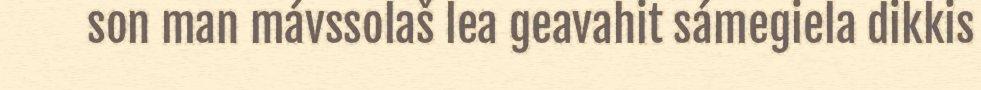
son man mávssolaš lea geavahit sámegiela dikkis